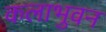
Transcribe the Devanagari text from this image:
कलाभुवन